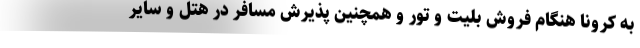
به کرونا هنگام فروش بلیت و تور و همچنین پذیرش مسافر در هتل و سایر